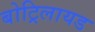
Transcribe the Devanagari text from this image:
बोट्रिलायड